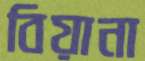
বিয়ানা